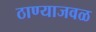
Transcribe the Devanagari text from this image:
ठाण्याजवळ